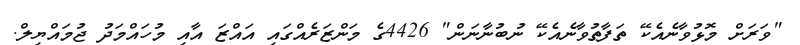
"ވަރަށް މޮޅުވާނެއެކޭ ތަފާތުވާނެއެކޭ ނުބުނާނަން" 4426ގެ މަންޒަރެއްގައި އައްޒަ އާއި މުހައްމަދު ޖުމައްޔިލް.